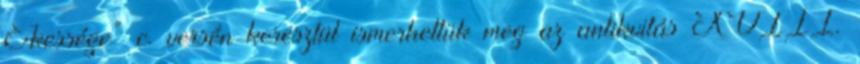
Ékessége” c. versén keresztül ismerhettük meg az antikvitás XVIII.